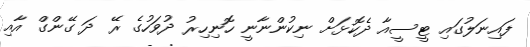
ފައިނަލުގައި ޓީސީއާ ދެކޮޅަށް ނިކުންނާނީ ހޮނިހިރު ދުވަހުގެ ރޭ ދަ ގޭންގް އާއި